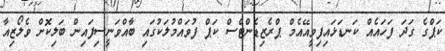
ކަޕްގެ ގަދަ ފަހައެއް ކަނޑަޅައިފިވީއޭއެމް ޕްރެޒިޑެންޓްސް ކަޕް ފުވައްމުލަކުގައި ބާއްވަނީސިފައިން ބަލިކޮށް ވެލޯޒިއާ